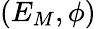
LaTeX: (E_{M},\phi)